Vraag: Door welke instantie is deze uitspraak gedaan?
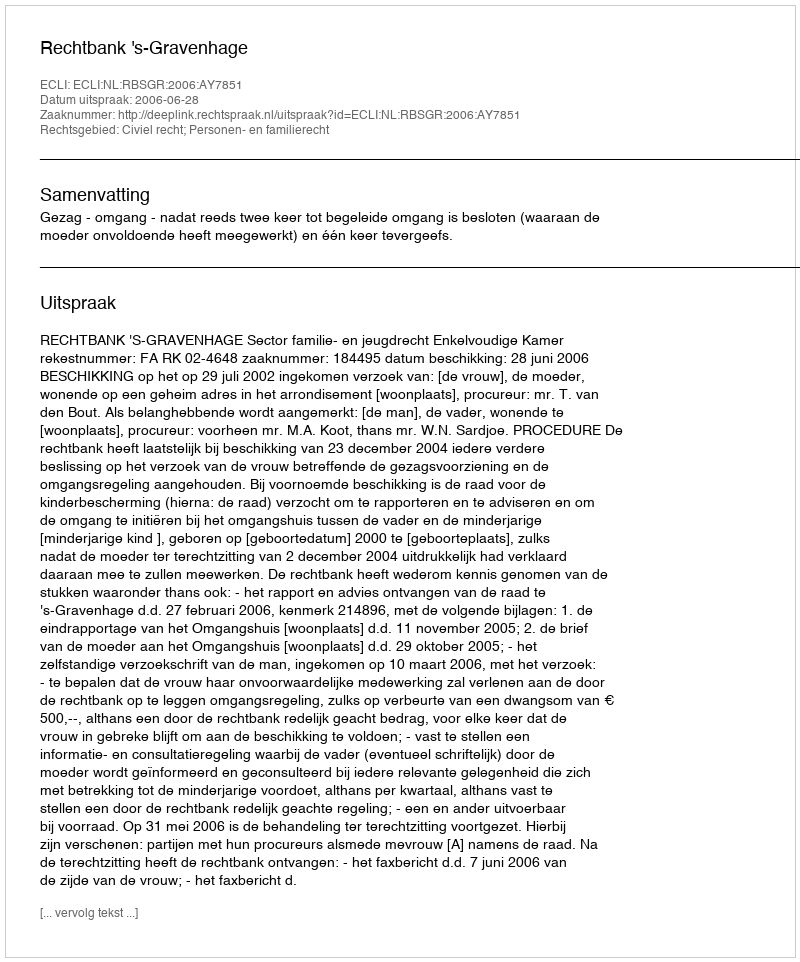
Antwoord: Rechtbank 's-Gravenhage